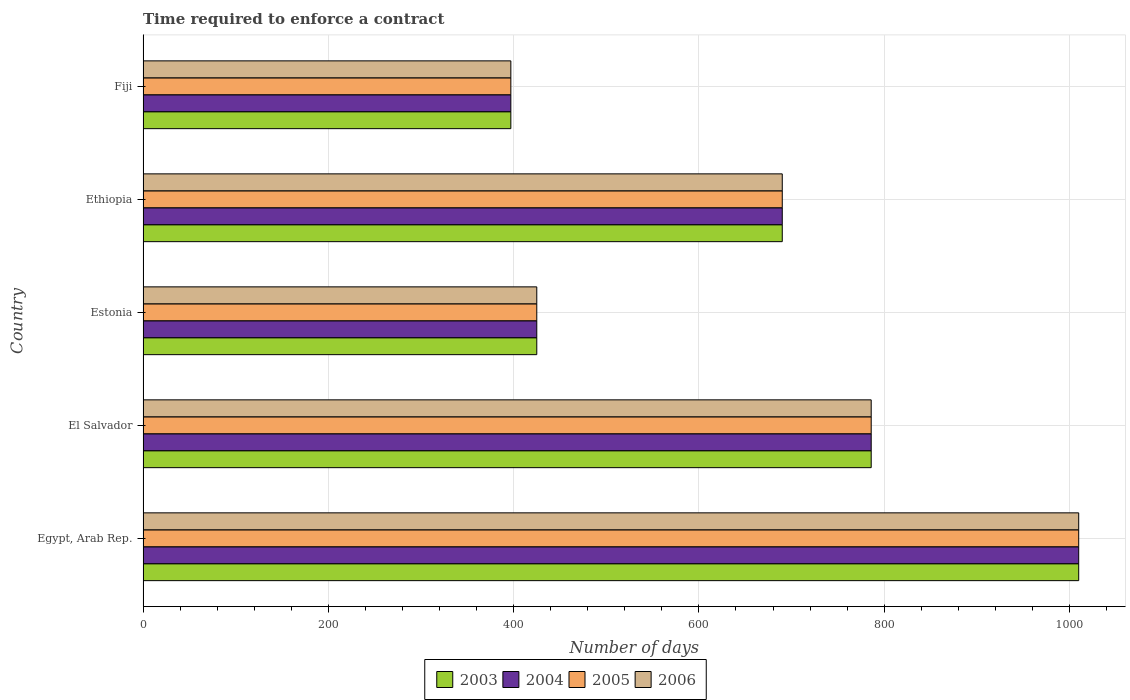
| Country | 2003 | 2004 | 2005 | 2006 |
 | --- | --- | --- | --- | --- |
 | Egypt, Arab Rep. | 1.01e+03 | 1.01e+03 | 1.01e+03 | 1.01e+03 |
 | El Salvador | 786 | 786 | 786 | 786 |
 | Estonia | 425 | 425 | 425 | 425 |
 | Ethiopia | 690 | 690 | 690 | 690 |
 | Fiji | 397 | 397 | 397 | 397 |